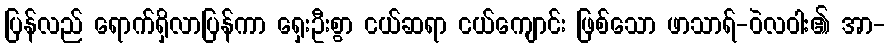
ပြန်လည် ရောက်ရှိလာပြန်ကာ ရှေးဦးစွာ ငယ်ဆရာ ငယ်ကျောင်း ဖြစ်သော ဖာသာရ်-ဝဲလဝါး၏ အာ-